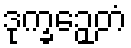
ဒုက္ခဉှေတံ